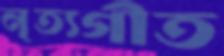
নৃত্যগীত